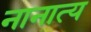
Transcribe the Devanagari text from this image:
नानात्य